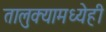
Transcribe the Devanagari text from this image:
तालुक्यामध्येही